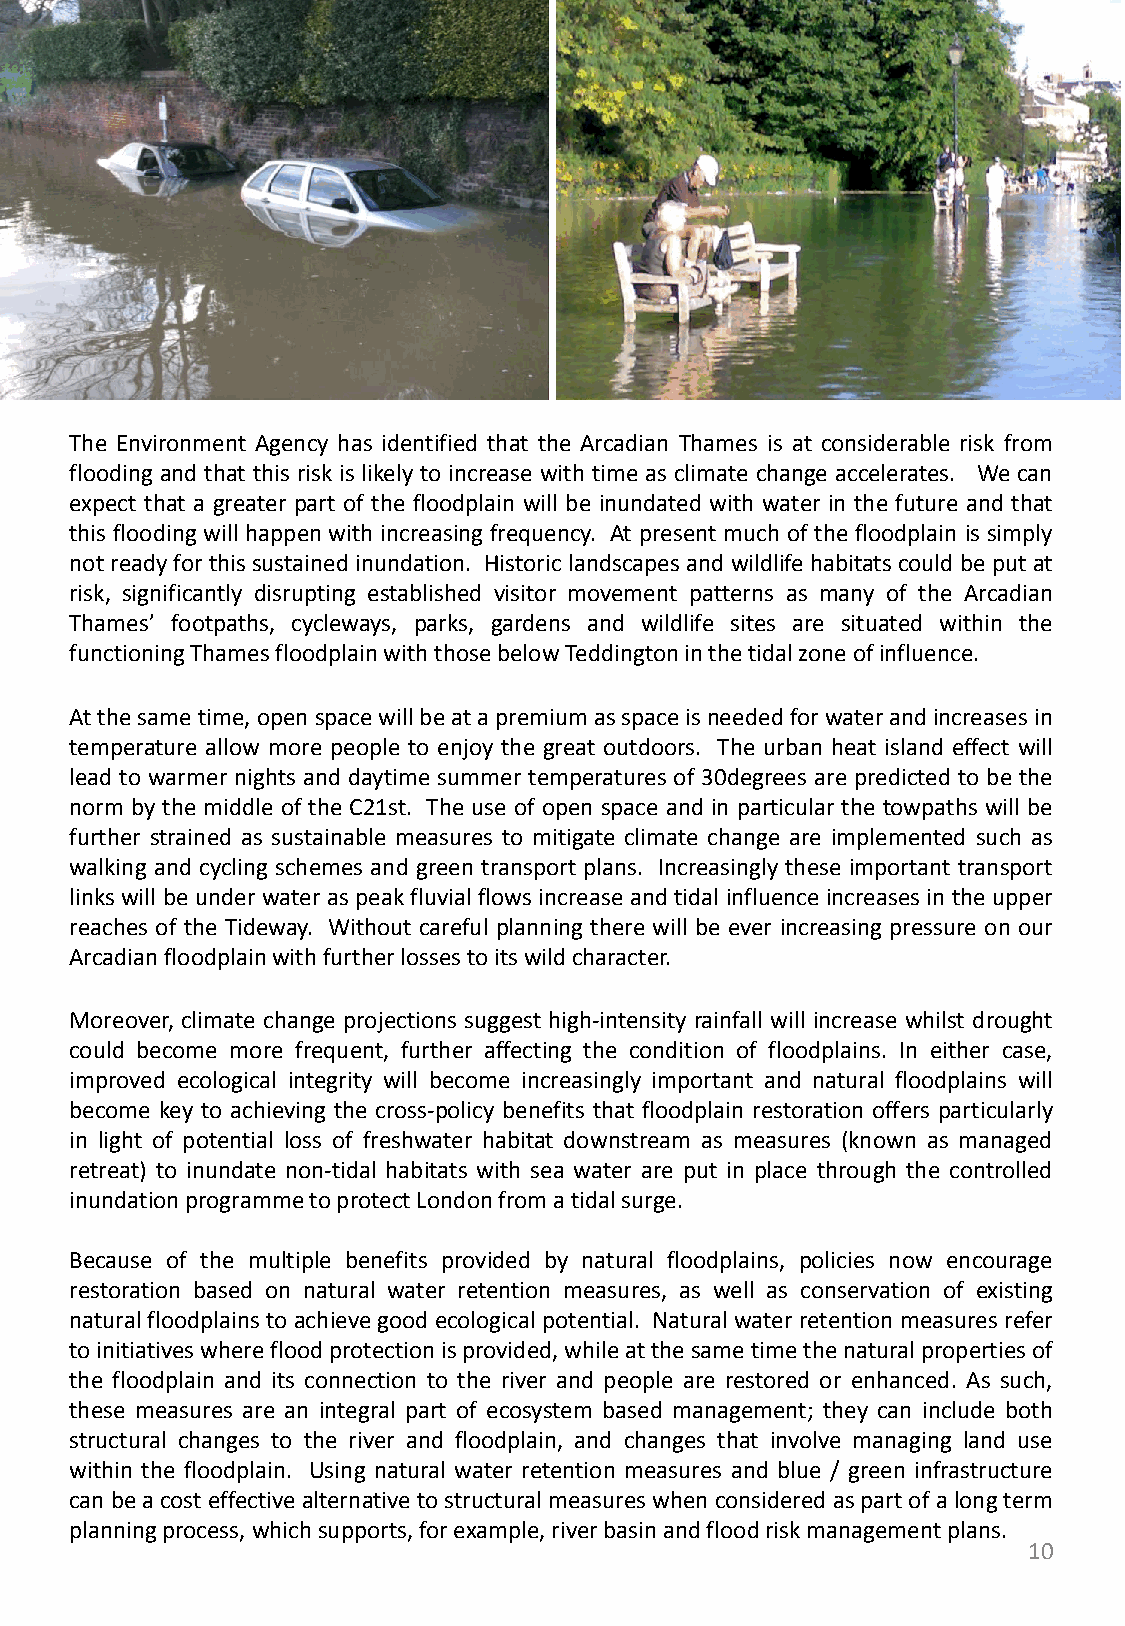
The Environment Agency has identified that the Arcadian Thames is at considerable risk from
 flooding and that this risk is likely to increase with time as climate change accelerates. We can
 expect that a greater part of the floodplain will be inundated with water in the future and that
 this flooding will happen with increasing frequency. At present much of the floodplain is simply
 notreadyfor this sustained inundation. Historic landscapes and wildlife habitats could be put at
 risk, significantly disrupting established visitor movement patterns as many of the Arcadian
 Thames’ footpaths, cycleways, parks, gardens and wildlife sites are situated within the
 functioningThamesfloodplainwiththosebelowTeddingtoninthetidalzoneofinfluence.
 Atthesametime,openspacewillbeatapremiumasspaceisneededforwaterandincreasesin
 temperature allow more people to enjoy the great outdoors. The urban heat island effect will
 lead to warmer nights and daytime summer temperatures of 30degrees are predicted to be the
 norm by the middle of the C21st. The use of open space and in particular the towpaths will be
 further strained as sustainable measures to mitigate climate change are implemented such as
 walking and cycling schemes and green transport plans. Increasingly these important transport
 links will be under water as peak fluvial flows increase and tidal influence increases in the upper
 reaches of the Tideway. Without careful planning there will be ever increasing pressure on our
 Arcadianfloodplainwithfurtherlossestoitswildcharacter.
 Moreover, climate change projections suggest high-intensity rainfall will increase whilst drought
 could become more frequent, further affecting the condition of floodplains. In either case,
 improved ecological integrity will become increasingly important and natural floodplains will
 become key to achieving the cross-policy benefits that floodplain restoration offers particularly
 in light of potential loss of freshwater habitat downstream as measures (known as managed
 retreat) to inundate non-tidal habitats with sea water are put in place through the controlled
 inundationprogrammetoprotectLondonfromatidalsurge.
 Because of the multiple benefits provided by natural floodplains, policies now encourage
 restoration based on natural water retention measures, as well as conservation of existing
 naturalfloodplains to achieve good ecological potential. Natural water retention measures refer
 toinitiativeswherefloodprotectionisprovided,whileatthesametimethenaturalpropertiesof
 the floodplain and its connection to the river and people are restored or enhanced. As such,
 these measures are an integral part of ecosystem based management; they can include both
 structural changes to the river and floodplain, and changes that involve managing land use
 within the floodplain. Using natural water retention measures and blue / green infrastructure
 canbeacosteffectivealternativetostructuralmeasureswhenconsideredaspartofalongterm
 planningprocess,whichsupports,forexample,riverbasinandfloodriskmanagementplans.
 10